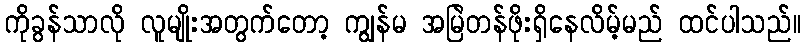
ကိုခွန်သာလို လူမျိုးအတွက်တော့ ကျွန်မ အမြဲတန်ဖိုးရှိနေလိမ့်မည် ထင်ပါသည်။